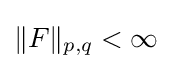
\|F\|_{p,q}<\infty